Report on vaccination in the Province of Bengal - 1874-1889
Year: 1874
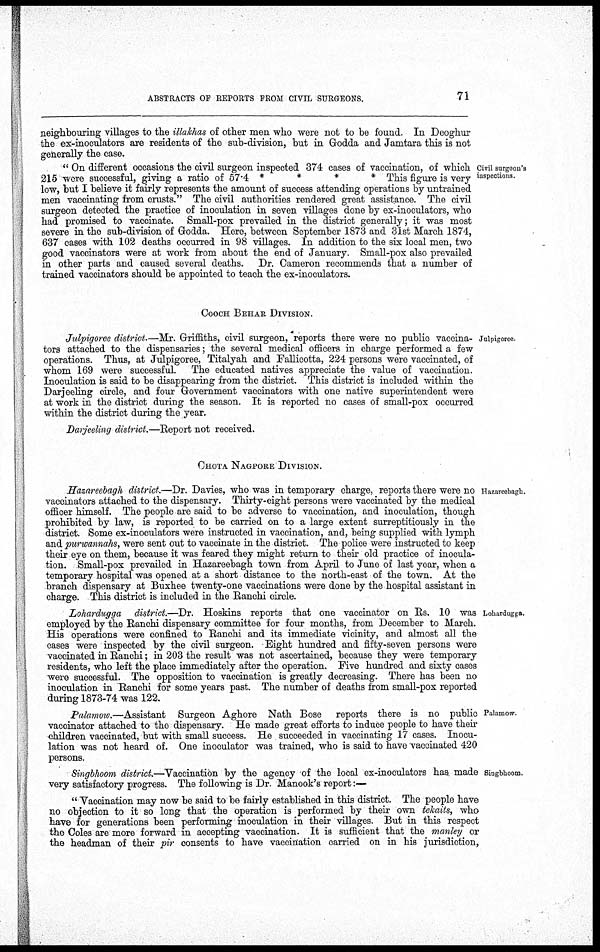
ABSTRACTS OF REPORTS FROM CIVIL SURGEONS.
71
neighbouring villages to the illakhas of other men who were not to be found. In Deoghur
the ex-inoculators are residents of the sub-division, but in Godda and Jamtara this is not
generally the case.
Civil surgeon's
inspections.
" On different occasions the civil surgeon inspected 374 cases of vaccination, of which
215 were successful, giving a ratio of 57.4 *
*
*
* This figure is very
low, but I believe it fairly represents the amount of success attending operations by untrained
men vaccinating from crusts." The civil authorities rendered great assistance. The civil
surgeon detected the practice of inoculation in seven villages done by ex-inoculators, who
had promised to vaccinate. Small-pox prevailed in the district generally; it was most
severe in the sub-division of Godda. Here, between September 1873 and 31st March 1874,
637 cases with 102 deaths occurred in 98 villages. In addition to the six local men, two
good vaccinators were at work from about the end of January. Small-pox also prevailed
in other parts and caused several deaths. Dr. Cameron recommends that a number of
trained vaccinators should be appointed to teach the ex-inoculators.
COOCH BEHAR DIVISION.
Julpigoree
Julpigoree district.—Mr. Griffiths, civil surgeon, reports there were no public vaccina-
tors attached to the dispensaries; the several medical officers in charge performed a few
operations. Thus, at Julpigoree, Titalyah and Fallicotta, 224 persons were vaccinated, of
whom 169 were successful. The educated natives appreciate the value of vaccination.
Inoculation is said to be disappearing from the district. This district is included within the
Darjeeling circle, and four Government vaccinators with one native superintendent were
at work in the district during the season. It is reported no cases of small-pox occurred
within the district during the year.
Darjeeling district.—Report not received.
CHOTA NAGPORE DIVISION.
Hazareebagh.
Lohardugga.
Hazareebagh district.—Dr. Davies, who was in temporary charge, reports there were no
vaccinators attached to the dispensary. Thirty-eight persons were vaccinated by the medical
officer himself. The people are said to be adverse to vaccination, and inoculation, though
prohibited by law, is reported to be carried on to a large extent surreptitiously in the
district. Some ex-inoculators were instructed in vaccination, and, being supplied with lymph
and purwannahs, were sent out to vaccinate in the district. The police were instructed to keep
their eye on them, because it was feared they might return to their old practice of inocula-
tion. Small-pox prevailed in Hazareebagh town from April to June of last year, when a
temporary hospital was opened at a short distance to the north-east of the town. At the
branch dispensary at Buxhee twenty-one vaccinations were done by the hospital assistant in
charge. This district is included in the Ranchi circle.
Lohardugga district.—Dr. Hoskins reports that one vaccinator on Rs. 10 was
employed by the Ranchi dispensary committee for four months, from December to March.
His operations were confined to Ranchi and its immediate vicinity, and almost all the
cases were inspected by the civil surgeon. Eight hundred and fifty-seven persons were
vaccinated in Ranchi; in 203 the result was not ascertained, because they were temporary
residents, who left the place immediately after the operation. Five hundred and sixty cases
were successful. The opposition to vaccination is greatly decreasing. There has been no
inoculation in Ranchi for some years past. The number of deaths from small-pox reported
during 1873-74 was 122.
Palamow.
Palamow.—Assistant Surgeon Aghore Nath Bose reports there is no public
vaccinator attached to the dispensary. He made great efforts to induce people to have their
children vaccinated, but with small success. He succeeded in vaccinating 17 cases. Inocu-
lation was not heard of. One inoculator was trained, who is said to have vaccinated 420
persons.
Singbhoom.
Singbhoom district—Vaccination by the agency of the local ex-inoculators has made
very satisfactory progress. The following is Dr. Manook's report:—
" Vaccination may now be said to be fairly established in this district. The people have
no objection to it so long that the operation is performed by their own tekaits, who
have for generations been performing inoculation in their villages. But in this respect
the Coles are more forward in accepting vaccination. It is sufficient that the manley or
the headman of their pir consents to have vaccination carried on in his jurisdiction,